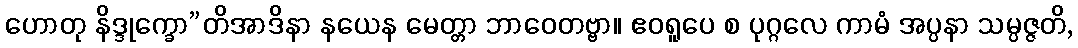
ဟောတု နိဒ္ဒုက္ခော”တိအာဒိနာ နယေန မေတ္တာ ဘာဝေတဗ္ဗာ။ ဧဝရူပေ စ ပုဂ္ဂလေ ကာမံ အပ္ပနာ သမ္ပဇ္ဇတိ,